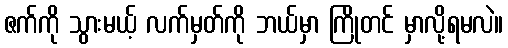
ဇက်ကို သွားမယ့် လက်မှတ်ကို ဘယ်မှာ ကြိုတင် မှာလို့ရမလဲ။